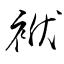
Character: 袱